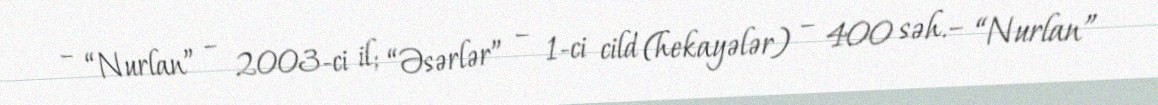
– “Nurlan” – 2003-ci il; “Əsərlər” – 1-ci cild (hekayələr) – 400 səh.– “Nurlan”